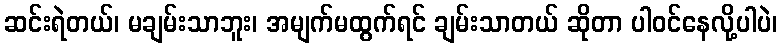
ဆင်းရဲတယ်၊ မချမ်းသာဘူး၊ အမျက်မထွက်ရင် ချမ်းသာတယ် ဆိုတာ ပါဝင်နေလို့ပါပဲ၊